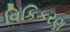
વિકિકરણ